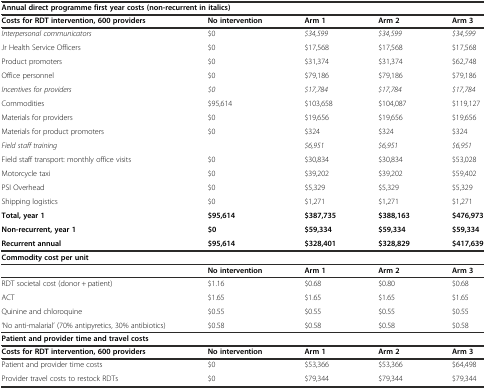
<table><thead><tr><td colspan="5"><b>Annual direct programme first year costs (non-recurrent in italics)</b></td></tr><tr><td><b>Costs for RDT intervention, 600 providers</b></td><td><b>No intervention</b></td><td><b>Arm 1</b></td><td><b>Arm 2</b></td><td><b>Arm 3</b></td></tr></thead><tbody><tr><td><i>Interpersonal communicators</i></td><td>$0</td><td><i>$34,599</i></td><td><i>$34,599</i></td><td><i>$34,599</i></td></tr><tr><td>Jr Health Service Officers</td><td>$0</td><td>$17,568</td><td>$17,568</td><td>$17,568</td></tr><tr><td>Product promoters</td><td>$0</td><td>$31,374</td><td>$31,374</td><td>$62,748</td></tr><tr><td>Office personnel</td><td>$0</td><td>$79,186</td><td>$79,186</td><td>$79,186</td></tr><tr><td><i>Incentives for providers</i></td><td><i>$0</i></td><td><i>$17,784</i></td><td><i>$17,784</i></td><td><i>$17,784</i></td></tr><tr><td>Commodities</td><td>$95,614</td><td>$103,658</td><td>$104,087</td><td>$119,127</td></tr><tr><td>Materials for providers</td><td>$0</td><td>$19,656</td><td>$19,656</td><td>$19,656</td></tr><tr><td>Materials for product promoters</td><td>$0</td><td>$324</td><td>$324</td><td>$324</td></tr><tr><td><i>Field staff training</i></td><td></td><td><i>$6,951</i></td><td><i>$6,951</i></td><td><i>$6,951</i></td></tr><tr><td>Field staff transport: monthly office visits</td><td>$0</td><td>$30,834</td><td>$30,834</td><td>$53,028</td></tr><tr><td>Motorcycle taxi</td><td>$0</td><td>$39,202</td><td>$39,202</td><td>$59,402</td></tr><tr><td>PSI Overhead</td><td>$0</td><td>$5,329</td><td>$5,329</td><td>$5,329</td></tr><tr><td>Shipping logistics</td><td>$0</td><td>$1,271</td><td>$1,271</td><td>$1,271</td></tr><tr><td><b>Total, year 1</b></td><td><b>$95,614</b></td><td><b>$387,735</b></td><td><b>$388,163</b></td><td><b>$476,973</b></td></tr><tr><td><b>Non-recurrent, year 1</b></td><td><b>$0</b></td><td><b>$59,334</b></td><td><b>$59,334</b></td><td><b>$59,334</b></td></tr><tr><td><b>Recurrent annual</b></td><td><b>$95,614</b></td><td><b>$328,401</b></td><td><b>$328,829</b></td><td><b>$417,639</b></td></tr><tr><td colspan="5"><b>Commodity cost per unit</b></td></tr><tr><td></td><td><b>No intervention</b></td><td><b>Arm 1</b></td><td><b>Arm 2</b></td><td><b>Arm 3</b></td></tr><tr><td>RDT societal cost (donor + patient)</td><td>$1.16</td><td>$0.68</td><td>$0.80</td><td>$0.68</td></tr><tr><td>ACT</td><td>$1.65</td><td>$1.65</td><td>$1.65</td><td>$1.65</td></tr><tr><td>Quinine and chloroquine</td><td>$0.55</td><td>$0.55</td><td>$0.55</td><td>$0.55</td></tr><tr><td>‘No anti-malarial’ (70% antipyretics, 30% antibiotics)</td><td>$0.58</td><td>$0.58</td><td>$0.58</td><td>$0.58</td></tr><tr><td colspan="5"><b>Patient and provider time and travel costs</b></td></tr><tr><td><b>Costs for RDT intervention, 600 providers</b></td><td><b>No intervention</b></td><td><b>Arm 1</b></td><td><b>Arm 2</b></td><td><b>Arm 3</b></td></tr><tr><td>Patient and provider time costs</td><td>$0</td><td>$53,366</td><td>$53,366</td><td>$64,498</td></tr><tr><td>Provider travel costs to restock RDTs</td><td>$0</td><td>$79,344</td><td>$79,344</td><td>$79,344</td></tr></tbody></table>